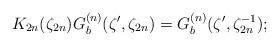
LaTeX: \begin{align*}K_{2n} (\zeta_{2n}) G_{b}^{(n)} (\zeta', \zeta_{2n})=G_{b}^{(n)} (\zeta', \zeta^{-1}_{2n}); \end{align*}